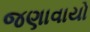
જણાવાયો